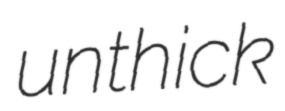
unthick